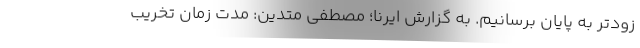
زودتر به پایان برسانیم. به گزارش ایرنا؛ مصطفی متدین: مدت زمان تخریب